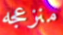
منزعجه